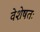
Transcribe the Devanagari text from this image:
वेशेषतः